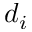
d _ { i }